Vaccination United Provinces of Agra and Oudh 1902-1913 - 1902-1913
Year: 1902
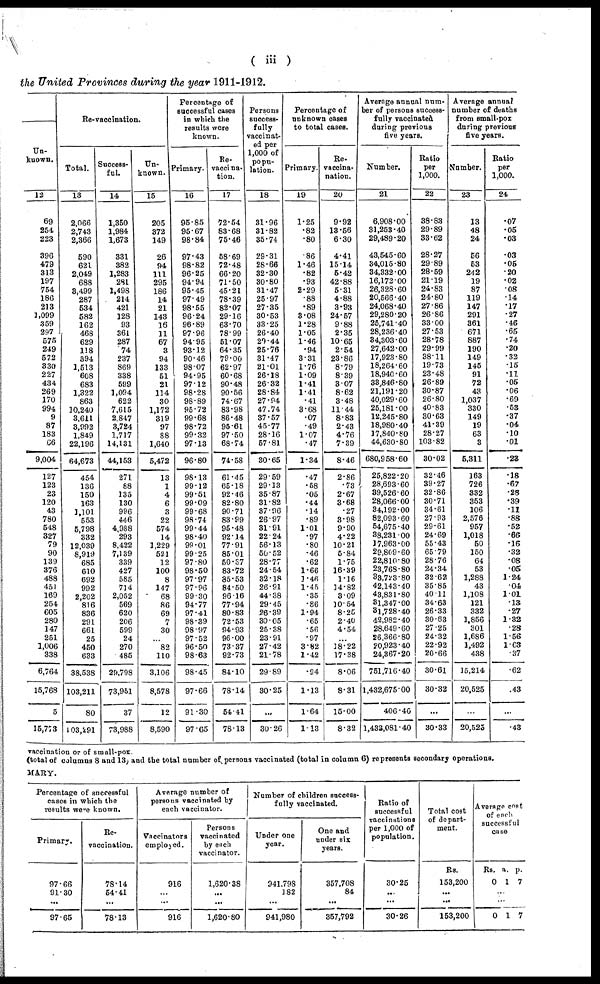
( iii )
the United Provinces during the year 1911-1912.
Un-
known.
12
69
254
223
396
479
313
197
754
186
213
1,099
359
297
575
249
572
330
227
434
269
170
994
9
87
183
66
9,004
127
123
23
120
43
780
548
327
79
90
139
376
488
451
169
254
605
280
147
251
1,006
338
6,764
15,768
5
15,773
Re-vaccination.
Total.
13
2,066
2,743
2,366
590
621
2,049
688
3,499
287
534
582
162
468
629
118
394
1,513
608
683
1,322
863
10,240
3,611
3,992
1,849
22,196
64,673
454
136
150
163
1,101
553
5,798
332
12,039
8,919
685
610
692
992
2,202
816
836
291
661
25
450
633
38,538
103,211
80
103,291
Success-
ful.
14
1,350
1,984
1,673
331
382
1,283
281
1,498
214
421
128
93
361
287
74
237
869
338
599
1,094
622
7,615
2,847
3,724
1,717
14,131
44,153
271
88
135
130
996
446
4,988
293
8,422
7,139
339
427
585
714
2,052
569
620
206
599
24
270
485
29,798
73,951
37
73,988
Un¬
known.
15
205
372
149
26
94
111
295
186
14
21
143
16
11
67
3
94
133
51
21
114
30
1,172
319
97
88
1,640
5,472
13
1
4
6
3
22
574
14
1,229
521
12
100
8
147
68
86
69
7
30
...
82
110
3,106
8,578
12
8,590
Percentage of
successful cases
in which the
results were
known.
Primary.
16
95.85
95.67
98.84
97.43
98.82
96.25
94.94
95.45
97.49
98.55
96.24
96.89
97.96
94.95
93.12
90.46
98.07
94.95
97.12
98.28
98.89
95.72
99.68
98.72
99.32
97.13
96.80
98.13
99.12
99.51
99.09
99.68
98.74
99.44
98.40
99.01
99.25
97.80
98.50
97.97
97.96
99.30
94.77
97.41
98.39
98.97
97.52
96.50
98.63
98.45
97.66
91.30
97.65
Re-
vaccina¬
tion.
17
72.54
83.68
75.46
58.69
72.48
66.20
71.50
45.21
78.39
82.07
29.16
63.70
78.99
51.07
64.35
79.00
62.97
60.68
90.48
90.56
74.67
83.98
86.48
95.61
97.50
68.74
74.58
61.45
65.18
92.46
82.80
90.71
83.99
95.48
92.14
77.91
85.01
50.37
83.72
85.53
84.50
96.16
77.94
80.83
72.53
94.93
96.00
73.37
92.73
84.10
78.14
54.41
78.13
Persons
success-
fully
vaccinat-
ed per
1,000 of
popu-
lation.
18
31.96
31.82
35.74
29.31
28.66
32.30
30.80
31.47
25.97
27.35
30.53
33.25
26.40
29.44
25.76
31.47
21.01
26.18
26.32
28.84
27.94
47.74
37.57
45.77
28.16
57.81
30.65
29.59
29.13
35.87
31.82
37.96
26.97
31.91
22.24
56.13
50.52
28.77
24.54
32.18
26.91
44.38
29.45
26.39
30.05
25.38
23.91
27.42
21.78
29.89
30.25
...
30.26
Percentage of
unknown cases
to total cases.
Primary.
19
1.25
.82
.80
.86
1.46
.82
.93
2.29
.88
.89
3.08
1.28
1.05
1.46
.94
3.31
1.76
1.09
1.41
1.41
.41
3.68
.07
.49
1.07
.47
1.34
.47
.58
.05
.44
.14
.89
1.01
.97
.80
.46
.62
1.66
1.46
1.45
.35
.86
1.94
.65
.56
.97
3.82
1.42
.94
1.13
1.64
1.13
Re-
vaccina¬
nation.
20
9.92
13.56
6.30
4.41
15.14
5.42
42.88
5.31
4.88
3.93
24.57
9.88
2.35
10.65
2.54
23.86
8.79
8.39
3.07
8.62
3.48
11.44
8.83
2.43
4.76
7.39
8.46
2.86
.73
2.67
3.68
.27
3.98
9.90
4.22
10.21
5.84
1.75
16.39
1.16
14.82
3.09
10.54
8.25
2.40
4.54
...
18.22
17.38
8.06
8.31
15.00
8.32
Average annual num-
ber of persons success-
fully vaccinated
during previous
five years.
Number.
21
6,908.00
31,253.40
29,489.20
43,545.60
34,015.80
34,332.00
16,172.00
26,328.60
20,566.40
24,068.40
29,280.20
25,741.40
28,236.40
34,303.60
27,642.00
17,923.80
18,264.60
18,940.60
33,846.80
21,191.20
40,029.60
25,181.00
12,245.80
18,980.40
17,840.80
44,630.80
680,958.60
25,822.20
28,693.60
39,526 60
28,066.00
34,192.00
82,093.60
54,675.40
38,231.00
17,963.00
29,809.60
22,810.80
23,768.80
33,723.80
42,143.40
43,831.80
31,347.00
31,728.40
42,982.40
28,649.60
26,366.80
20,923.40
24,367.20
751,716.40
1,432,675.00
406.40
1,433,081.40
Ratio
per
1,000.
22
38.83
29.89
33.62
28.27
29.89
28.59
21.19
24.83
24.80
27.86
26.86
33.00
27.53
28.78
29.99
38.11
19.73
23.48
26.89
30.87
26.80
40.83
30.63
41.39
28.27
103.82
30.02
32.46
39.27
32.86
30.71
34.61
27.93
29.61
24.69
55.43
65.79
28.76
24.34
32.62
35.85
40.11
34.63
26.33
30.63
27.25
24.32
22.92
20.66
30.61
30.32
...
30.33
Average annual
number of deaths
from small-pox
during previous
five years.
Number.
23
13
48
24
56
53
242
19
87
119
147
291
361
671
887
190
149
145
91
72
43
1,037
330
149
19
63
3
5,311
163
726
332
353
106
2,576
957
1,018
50
150
64
53
1,288
43
1,108
121
332
1,856
301
1,686
1,492
438
15,214
20,525
...
20,525
Ratio
per
1,000.
24
.07
.05
.03
.03
.05
.20
.02
.08
.14
.17
.27
.46
.65
.74
.20
.32
.15
.11
.05
.06
.69
.53
.37
.04
.10
.01
.23
.18
.67
.28
.39
.11
.88
.52
.66
.16
.32
.08
.05
1.24
.04
1.01
.13
.27
1.32
.28
1.56
1.63
.37
.62
.43
...
.43
vaccination or of small-pox.
(total of columns 8 and 13) and the total number of persons vaccinated (total in column 6) represents secondary operations.
MARY.
Percentage of successful
cases in which the
results were known.
Primary.
97.66
91.30
...
97.65
Re-
vaccination.
78.14
54.41
...
78.13
Average number of
persons vaccinated by
each vaccinator.
Vaccinators
employed.
916
...
...
916
Persons
vaccinated
by each
vaccinator.
1,620.38
...
...
1,620.80
Number of children success¬
fully vaccinated.
Under one
year.
941.798
182
...
941,980
One and
under six
years.
357,708
84
...
357,792
Ratio of
successful
vaccinations
per 1,000 of
population.
30.25
...
...
30.26
Total cost
of depart-
ment.
Rs.
153,200
...
...
153,200
Average cost
of each
successful
case.
Rs.
0
a.
1
p.
7
...
...
0 1 7